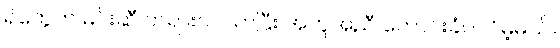
ရဲတွေက မင်းဆီ တရားဝင်လာပြီး အကူအညီ တောင်းခံပါလိမ့်မယ်။